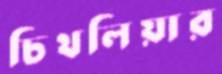
চিথলিয়ার